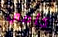
كامي